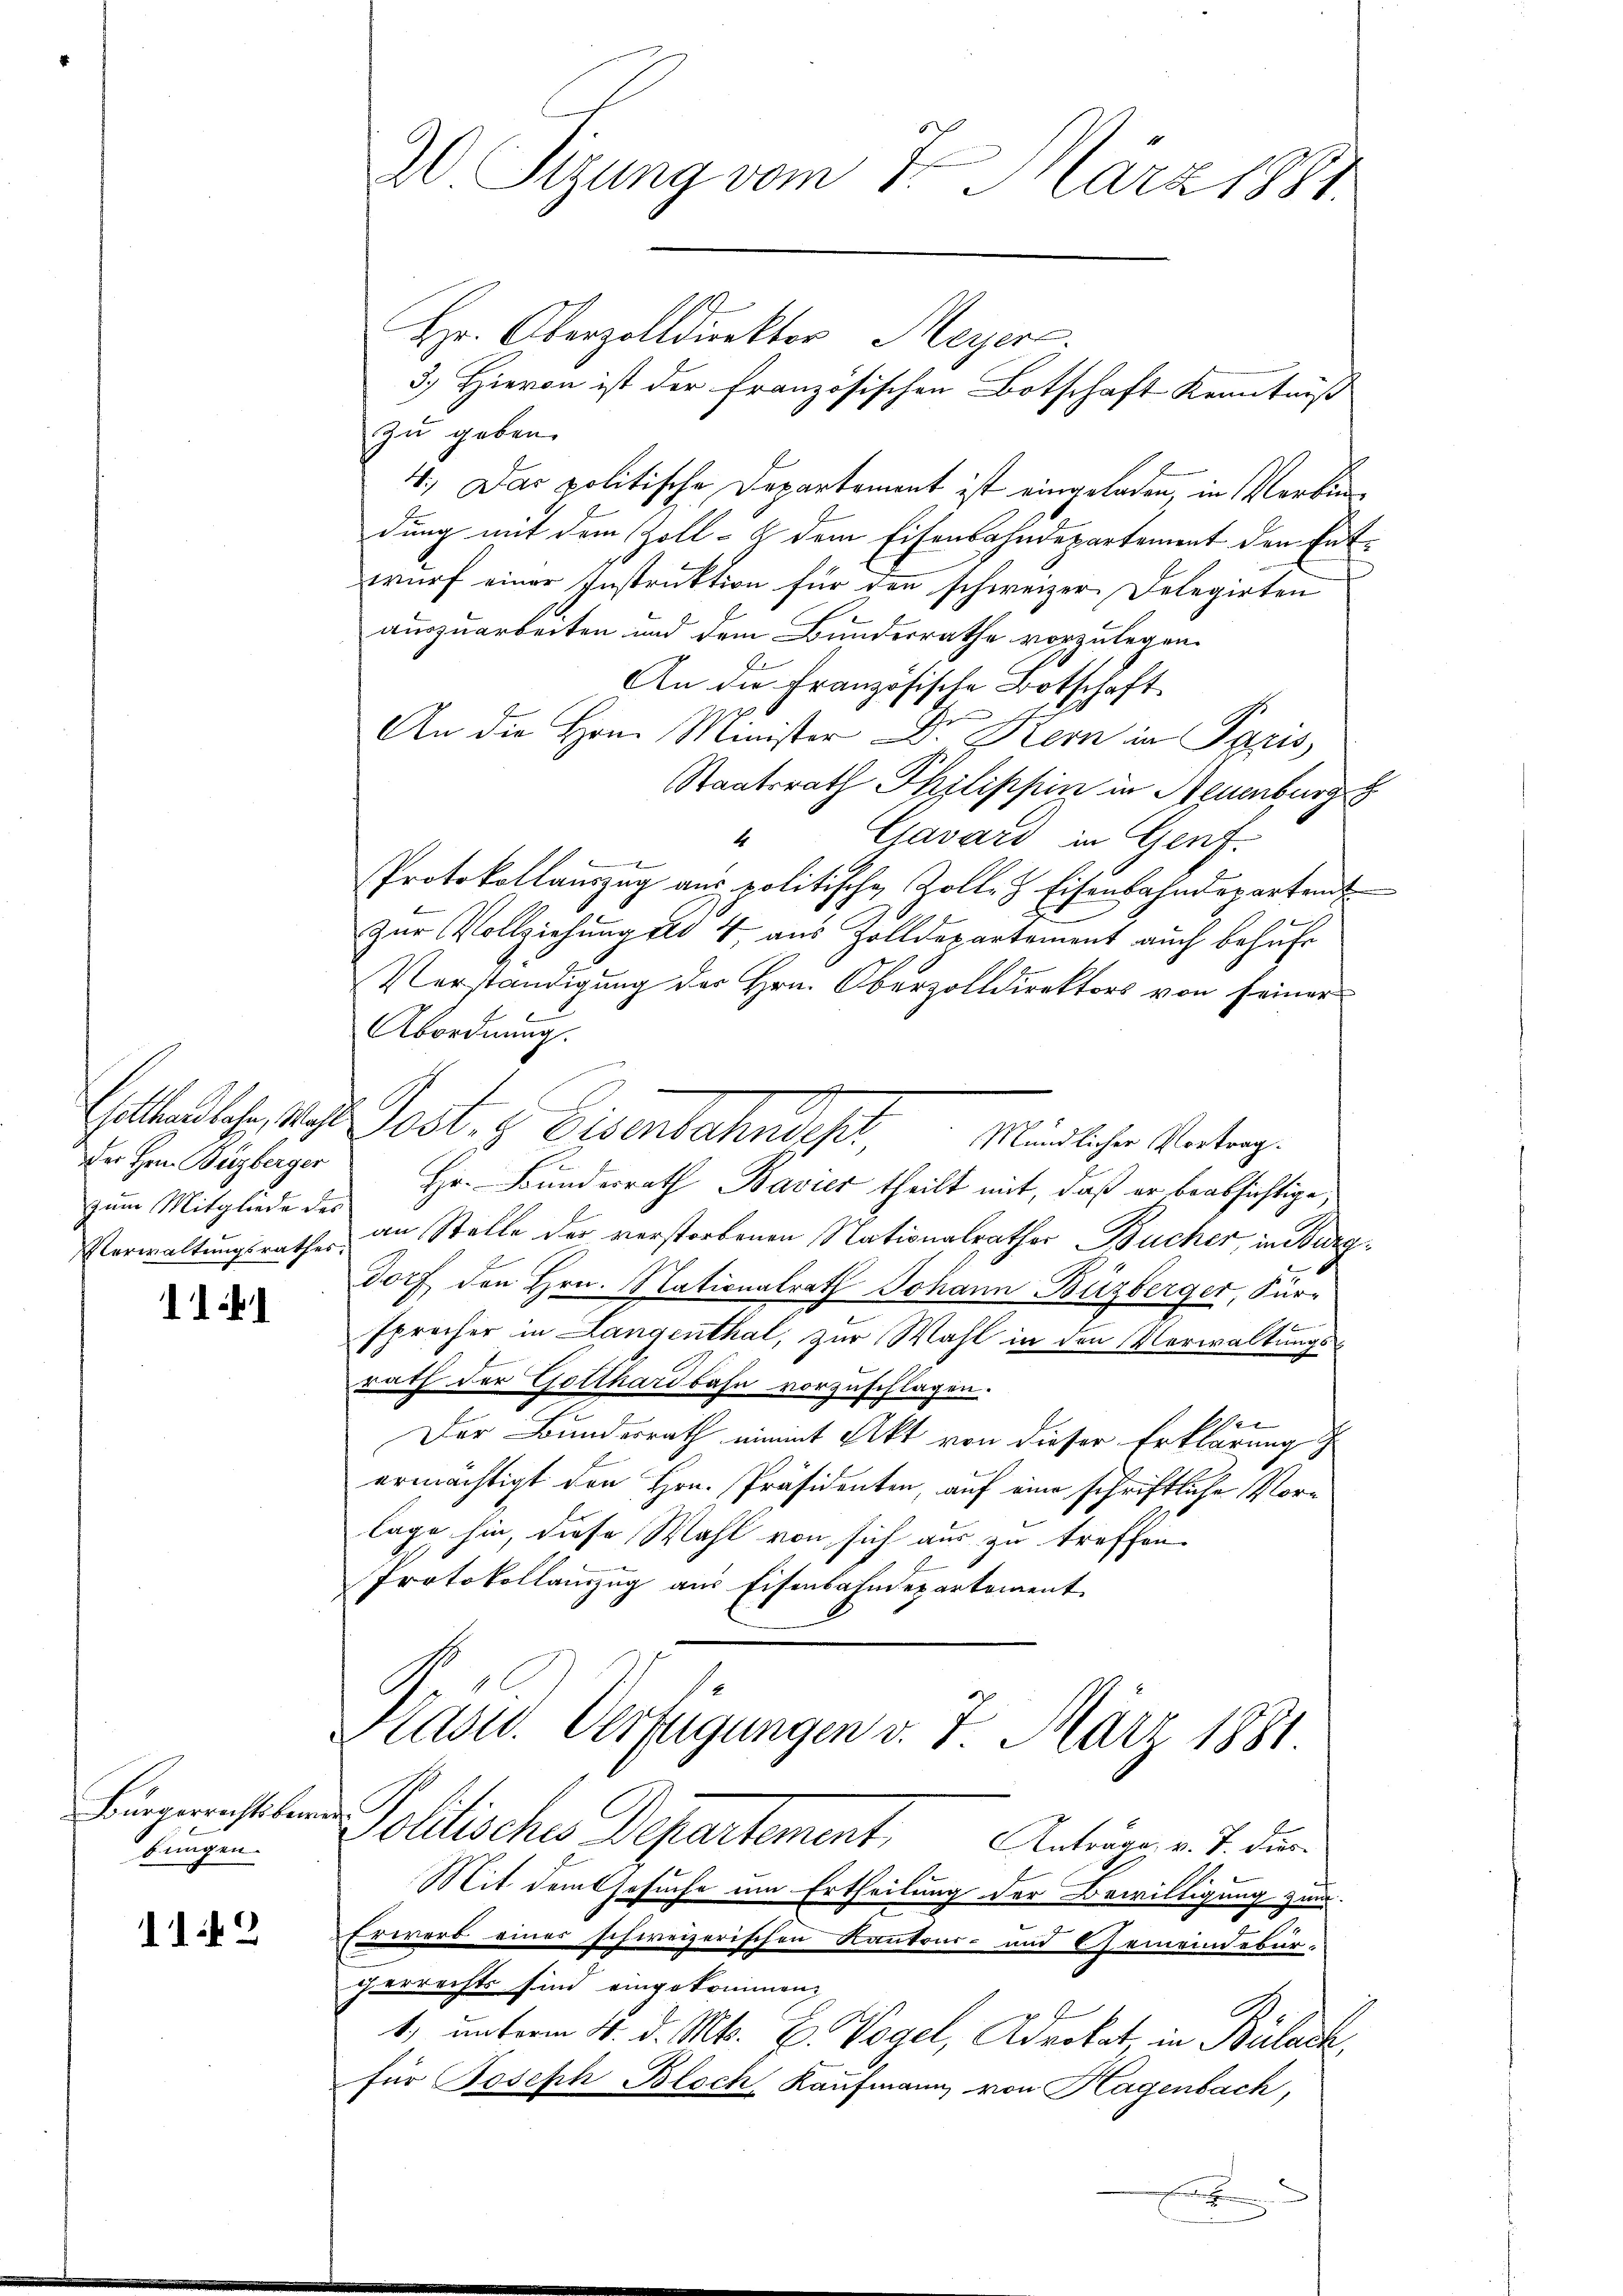
Der Hrn. Burzberger
zum Mitgliede des

111

Bürgerrechtsber
bungen.

112

20 Sizung vom 1. März 1881

Hr. Oberzollduektor Meyer.
3.) Hievon ist der französischen Botschaft Kenntniß
zu geben.
4.) Das politische Departement ist eingeladen, in Verbindung mit dem Zoll- & dem Eisenbahndepartement den Entwurf einer Instruktion für den schweizer Delegirten
auszuarbeiten und dem Bundesrathe vorzulegen.
An die Französische Botschaft.
c
An die Hrn. Minister Dr. Stern in Paris
Staatsrath Philippin in Neuenburg
Gavard in Genf.
4

Protokollauszug aus politische Zolle & Eisenbahndeparteit
zur Vollziehung der 4 aus Zolldepartement auch behufe
Verständigung der Hrn. Oberzolldirektors von seiner
Abordnung.
Walkenlose, das Post- & Eisenbahndep
Mündlicher Vortrag.
Hr. Bundesrath Bavier theilt mit, daß er beabsichtige
Verwaltungsrathes an Stelle der verstorbenen Nationalrather Bücher, in Burgdorf den Hrn. Nationalrath Johann Büzberger, Sur-

sprocher in Langenthal, zur Wahl in den Verwaltungsrath der Gotthardbahn vorzuschlagen.
sher
Der Bundesrath nimmt Akt von dieser Erklärung
ermächtigt den Hrn. Präsidenten, auf eine schriftliche Vorlage hin, diese Wahl von sich aus zu treffen.
Protokollauszug aus Eisenbahndepartement
Präsid. Verfügungen v. 7. März 1881
ierte
Pollisches Departement. Antrage v. J. den
Mit dem Gesuche um Ertheilung der Bewilligung zum
Erwerb einer schweizerischen Kantoin- und Gemeindebür-
gerrechts sind eingekommen:
1) unterm 4. d. Mts. E. Vogel, Advokat, in Bülach,
für Joseph Bloch, Kaufmann von Hagenbach,
e